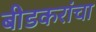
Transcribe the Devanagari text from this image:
बीडकरांचा